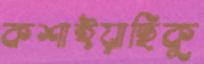
কশাইয়াছিকু